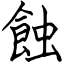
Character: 蝕